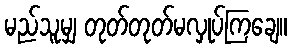
မည်သူမျှ တုတ်တုတ်မလှုပ်ကြချေ။